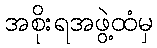
အစိုးရအဖွဲ့ထံမှ